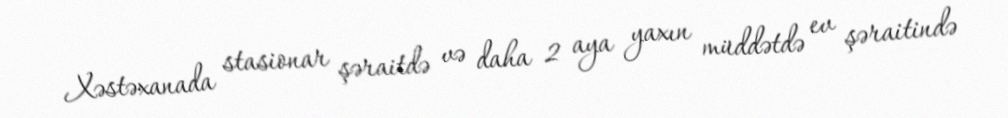
Xəstəxanada stasionar şəraitdə və daha 2 aya yaxın müddətdə ev şəraitində